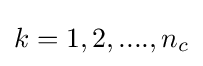
k=1,2,....,n_{c}